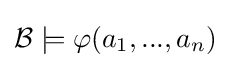
{\mathcal {B}}\models \varphi (a_{1},...,a_{n})